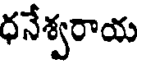
ధనేశ్వరాయ